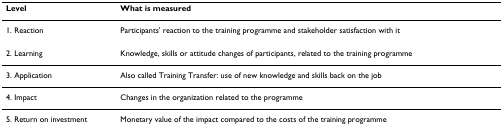
| Level | What is measured |
 | --- | --- |
 | 1. Reaction | Participants' reaction to the training programme and stakeholder satisfaction with it |
 | 2. Learning | Knowledge, skills or attitude changes of participants, related to the training programme |
 | 3. Application | Also called Training Transfer: use of new knowledge and skills back on the job |
 | 4. Impact | Changes in the organization related to the programme |
 | 5. Return on investment | Monetary value of the impact compared to the costs of the training programme |